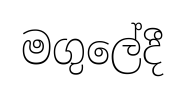
මගුලේදී